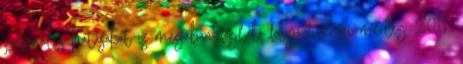
szezonális hatásokat is magában foglaló folyó fizetési mérleg 2011.